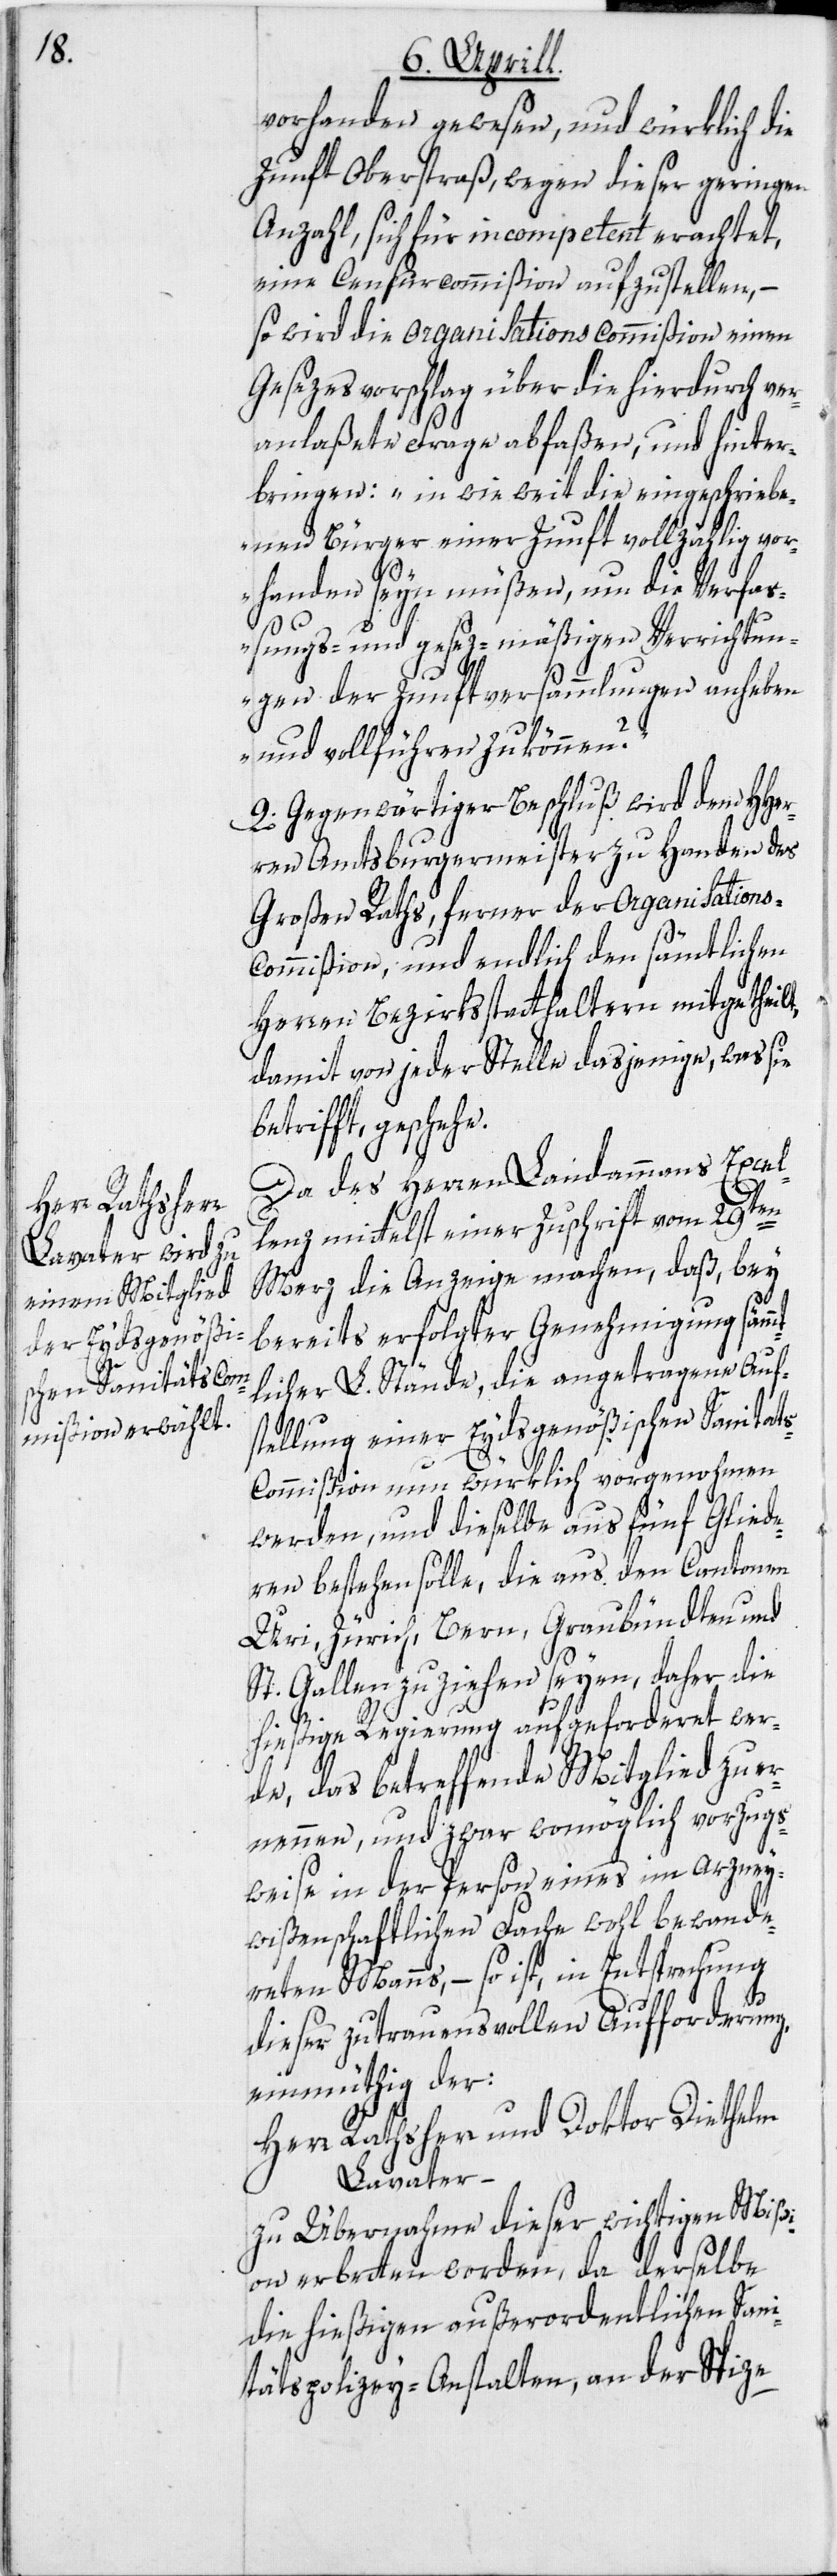
Zunft Oberstraß, wegen dieser geringen
Anzahl, sich für incompetent erachtet,
eine Censurcommißion aufzustellen, –
so wird die Organisationscommißion einen
Gesezesvorschlag über die hierdurch ver¬
anlaßete Frage abfaßen, und hinter¬
bringen: „in wie weit die eingeschriebe¬
nen Bürger einer Zunft vollzählig vor¬
handen seyn müßen, um die Verfa¬
ßungs- und gesez-mäßigen Verrichtun¬
gen der Zunftversammlungen anheben
und vollführen zu können?“
9. Gegenwärtiger Beschluß wird dem HHer¬
ren Amtsburgermeister zu Handen des
Großen Raths, ferner der Organisation¬
ommißion, und endlich den sämtlichen
Herren Bezirksstatthaltern mitgetheilt,
damit von jeder Stelle dasjenige, was sie
betrifft, gesche¬
Da des Herren Landammanns Excel¬
s-C¬
lenz mittelst einer Zuschrift vom 29ten
Merz die Anzeige machen, daß, bey
bereits erfolgter Genehmigung sämm¬
tlicher L. Stände, die angetragene Auf¬
stellung einer Eydsgenößischen Sanitat¬
ommißion nun würklich vorgenohmen
werden, und dieselbe aus fünf Gliede¬
ren bestehen solle, die aus den Cantonen
Uri, Zürich, Bern, Graubündten und
St. Gallen zu ziehen seyen, daher die
hießige Regierung aufgeforderet wer¬
de, das betreffende Mitglied zu e¬
rnennen, und zwar womöglich vorzugs¬
weise in der Person eines im arzney¬
wißenschaftlichen Fache wohl bewande¬
reten Manns, – so ist, in Entsprechung
dieser zutrauensvollen Aufforderung,
einmüthig der:
Herr Rathsherr und Doktor Diethelm
Lavater –
zu Übernahme dieser wichtigen Mißi¬
on erbetten worden, da derselbe
die hießigen außerordentlichen Sani¬
tätspolizey-Anstalten, an der Spize